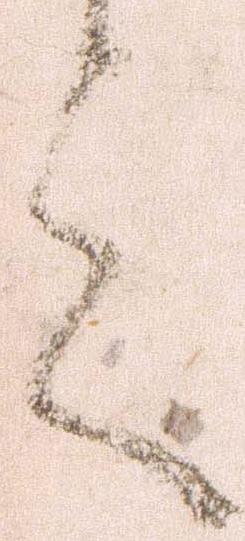
言